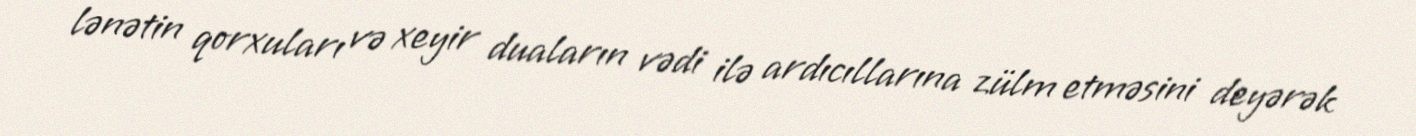
lənətin qorxuları və xeyir duaların vədi ilə ardıcıllarına zülm etməsini deyərək